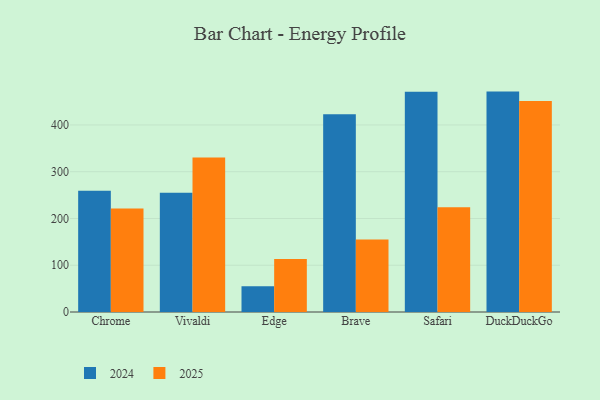
{"axis": {"x": "Browser", "y": "Revenue (USD Million)"}, "legend": ["2024", "2025"], "data": [{"x": "Chrome", "y": 259.5, "type": "2024"}, {"x": "Chrome", "y": 221.2, "type": "2025"}, {"x": "Vivaldi", "y": 255.1, "type": "2024"}, {"x": "Vivaldi", "y": 330.2, "type": "2025"}, {"x": "Edge", "y": 55.0, "type": "2024"}, {"x": "Edge", "y": 113.1, "type": "2025"}, {"x": "Brave", "y": 422.7, "type": "2024"}, {"x": "Brave", "y": 155.0, "type": "2025"}, {"x": "Safari", "y": 471.2, "type": "2024"}, {"x": "Safari", "y": 223.9, "type": "2025"}, {"x": "DuckDuckGo", "y": 471.3, "type": "2024"}, {"x": "DuckDuckGo", "y": 451.0, "type": "2025"}]}